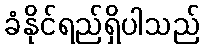
ခံနိုင်ရည်ရှိပါသည်